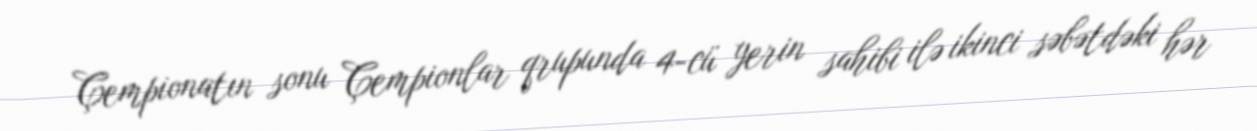
Çempionatın sonu Çempionlar qrupunda 4-cü yerin sahibi ilə ikinci səbətdəki hər